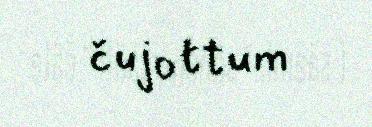
čujottum